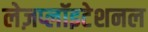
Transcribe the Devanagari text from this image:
लेज़प्लॉइटेशनल